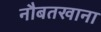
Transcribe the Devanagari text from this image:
नौबतखाना